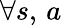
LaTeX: \forall s,\, a